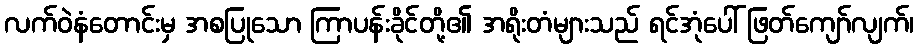
လက်ဝဲနံတောင်းမှ အစပြုသော ကြာပန်းခိုင်တို့၏ အရိုးတံများသည် ရင်အုံပေါ် ဖြတ်ကျော်လျက်၊